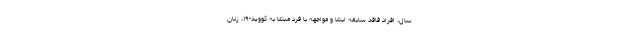
سال، افراد فاقد سابقه ابتلا و مواجهه با فرد مبتلا به کووید-۱۹، زنان